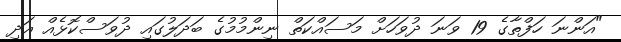
"އަންނަ ހަފްތާގެ 19 ވަނަ ދުވަހަށް މަސައްކަތް ނިންމުމުގެ ބަދަލުގައި ދުވަސްކޮޅެއް އަދި